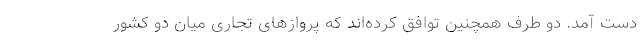
دست آمد. دو طرف همچنین توافق کرده‌اند که پروازهای تجاری میان دو کشور